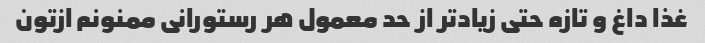
غذا داغ و تازه حتی زیاد‌تر از حد معمول هر رستورانی ممنونم ازتون